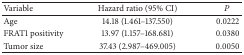
<table><thead><tr><td><b>Variable</b></td><td><b>Hazard ratio (95% CI)</b></td><td><b><i>P</i></b></td></tr></thead><tbody><tr><td>Age</td><td>14.18 (1.461–137.550)</td><td>0.0222</td></tr><tr><td>FRAT1 positivity</td><td>13.97 (1.157–168.681)</td><td>0.0380</td></tr><tr><td>Tumor size</td><td>37.43 (2.987–469.005)</td><td>0.0050</td></tr></tbody></table>